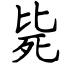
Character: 毙